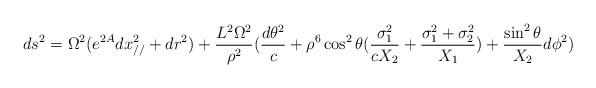
LaTeX: \begin{align*}ds^2 = \Omega^2 ( e^{2 A} dx_{//}^2 + dr^2) + {L^2 \Omega^2 \over \rho^2}( {d \theta^2 \over c} + \rho^6 \cos^2 \theta ( {\sigma_1^2 \over c X_2} + {\sigma_1^2 + \sigma_2^2 \over X_1})+ {\sin^2 \theta\over X_2} d \phi^2 )\end{align*}